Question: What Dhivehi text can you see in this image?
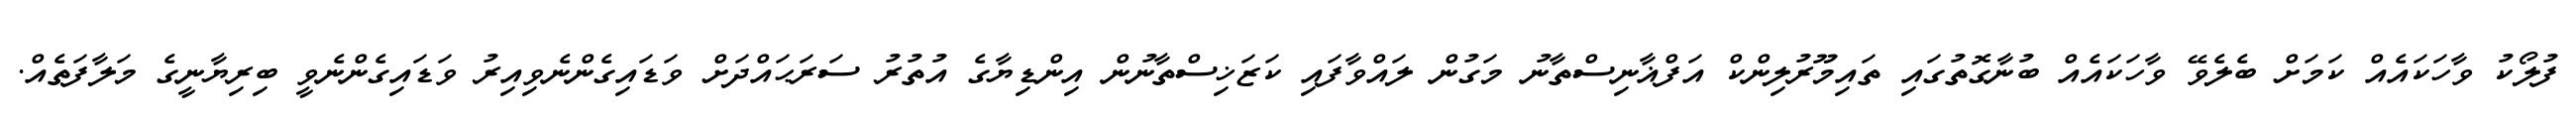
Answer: ފުލޯކު ވާހަކައެއް ކަމަށް ބެލެވޭ ވާހަކައެއް ބުނާގޮތުގައި ތައިމޫރުލިންކް އަފްޣާނިސްތާނު މަގުން ލައްވާފައި ކަޒަޚިސްތާނުން އިންޑިޔާގެ އުތުރު ސަރަޙައްދަށް ވަޑައިގެންނެވިއިރު ވަޑައިގެންނެވީ ބިރިޔާނީގެ މަލާފަތެއް.